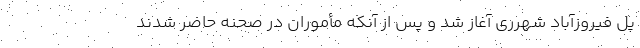
پل فیروزآباد شهر‌ری آغاز شد و پس از آنکه مأموران در صحنه حاضر شدند